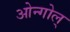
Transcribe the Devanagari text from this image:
ओन्गोल्